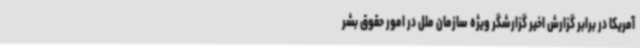
آمریکا در برابر گزارش اخیر گزارشگر ویژه سازمان ملل در امور حقوق بشر